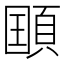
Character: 𲊯